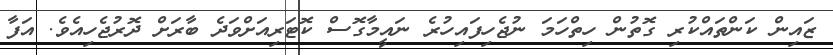
ޒައިން ކަންތައްކުރި ގޮތުން ހިތްހަމަ ނުޖެހިފައިހުރެ ނައީމާގޮސް ކޮޓަރިއަށްވަދެ ބާރަށް ދޮރުޖެހިއެވެ. އަފާ